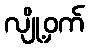
လျို့ဝှက်